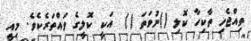
ތިއްޖެހި ތާކިހާ ކޮލި ()ނުވަތަ ()  އަކީ ކޮލީގެ ވައްތަރެކެވެ. މިއީ